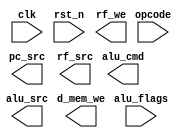
// V2: monociclo com UC multiciclo
module uc (
    input clk, rst_n,                       // clock borda subida, reset assncrono ativo baixo
    input [6:0] opcode,                     // OpCode direto do IR no FD
    output d_mem_we, rf_we,                 // Habilita escrita na memria de dados e no banco de registradores
    input  [3:0] alu_flags,                 // Flags da ULA
    output [3:0] alu_cmd,                   // Operao da ULA
    output alu_src, pc_src, rf_src          // Seletor dos MUXes
);  
endmodule

module fd 
    #(  // Tamanho em bits dos barramentos
        parameter i_addr_bits = 6,
        parameter d_addr_bits = 6
    )(
        input  clk, rst_n,                   // clock borda subida, reset assncrono ativo baixo
        output [6:0] opcode,                    
        input  d_mem_we, rf_we,              // Habilita escrita na memria de dados e no banco de registradores
        input  [3:0] alu_cmd,                // ver abaixo
        output [3:0] alu_flags,
        input  alu_src,                      // 0: rf, 1: imm
               pc_src,                       // 0: +4, 1: +imm
               rf_src,                       // 0: alu, 1:d_mem
        output [i_addr_bits-1:0] i_mem_addr,
        input  [31:0]            i_mem_data,
        output [d_addr_bits-1:0] d_mem_addr,
        inout  [63:0]            d_mem_data

    );
    // AluCmd     AluFlags
    // 0000: R    0: zero
    // 0001: I    1: MSB 
    // 0010: S    2: overflow
    // 0011: SB
    // 0100: U
    // 0101: UJ             
endmodule


module polirv 
    #(
        parameter i_addr_bits = 6,
        parameter d_addr_bits = 6
    ) (
        input clk, rst_n,                       // clock borda subida, reset assncrono ativo baixo
        output [i_addr_bits-1:0] i_mem_addr,
        input  [31:0]            i_mem_data,
        output                   d_mem_we,
        output [d_addr_bits-1:0] d_mem_addr,
        inout  [63:0]            d_mem_data
    );
endmodule